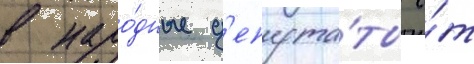
в наро́дные д'епута́ты о́т